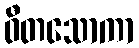
ဝီတသောကာ